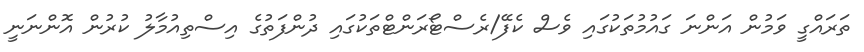
ތަރައްގީ ވަމުން އަންނަ ގައުމުތަކުގައި ވެސް ކެފޭ/ރެސްޓޯރަންޓްތަކުގައި ދުންފަތުގެ އިސްތިއުމާލު ކުރުން އޮންނަނީ